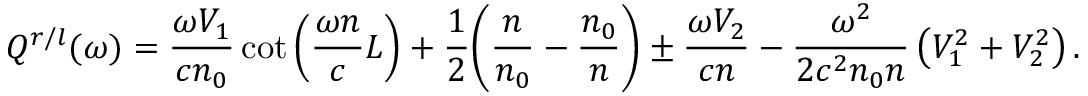
Q ^ { r / l } ( \omega ) = \frac { \omega V _ { 1 } } { c n _ { 0 } } \cot \left( \frac { \omega n } { c } L \right) + \frac { 1 } { 2 } \bigg ( \frac { n } { n _ { 0 } } - \frac { n _ { 0 } } { n } \bigg ) \pm \frac { \omega V _ { 2 } } { c n } - \frac { \omega ^ { 2 } } { 2 c ^ { 2 } n _ { 0 } n } \left( V _ { 1 } ^ { 2 } + V _ { 2 } ^ { 2 } \right) .